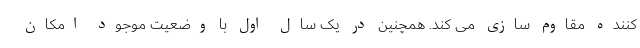
کننده مقاوم سازی می کند. همچنین در یک سال اول با وضعیت موجود امکان